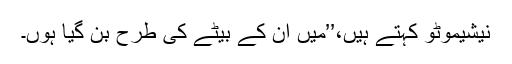
نیشیموٹو کہتے ہیں،’’میں ان کے بیٹے کی طرح بن گیا ہوں۔